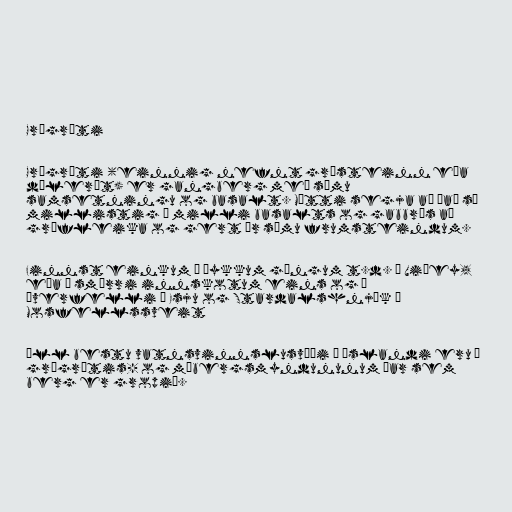
Grágrýti

Grágrýti (einnig nefnt grásteinn eða
dólerít) er gangberg með sömu
samsetningu og basalt. Mætti segja að það sé
millistig á milli basalts og gabbrós að
grófleika og gert úr sömu frumsteindum.

Finnst einkum í þykkum göngum t.d. í Viðey,
eða í smærri innskotum eins og í
Þverfelli í Esju og Stardalshnjúk í
Mosfellssveit

Öll bestu vatnsvinnslusvæði á Íslandi eru í
grágrýtis- og móbergsmyndununum þar sem
berg er gropið.